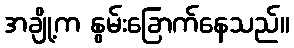
အချို့က နွမ်းခြောက်နေသည်။